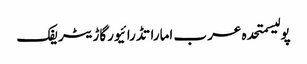
پولیسمتحدہ عرب اماراتڈرائیورگاڑیٹریفک